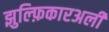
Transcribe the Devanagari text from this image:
झुल्फ़िकारअली